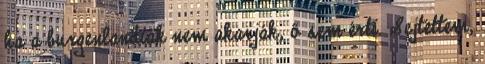
ha a burgenlandiak nem akarják, ő sem érti. Sejtettem,